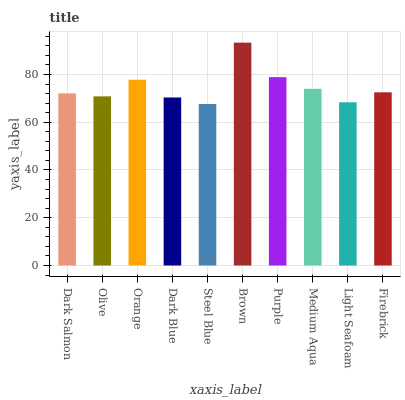
| xaxis_label | bars |
 | --- | --- |
 | Dark Salmon | 72.1 |
 | Olive | 70.8 |
 | Orange | 77.8 |
 | Dark Blue | 70.4 |
 | Steel Blue | 67.6 |
 | Brown | 93.3 |
 | Purple | 78.9 |
 | Medium Aqua | 74 |
 | Light Seafoam | 68.4 |
 | Firebrick | 72.5 |